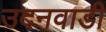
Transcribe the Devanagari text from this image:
उदनवाडी